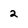
Character: 2